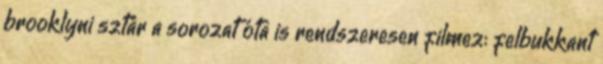
brooklyni sztár a sorozat óta is rendszeresen filmez: felbukkant